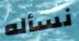
نسأله